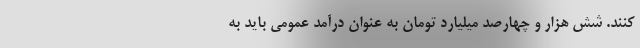
کنند. شش هزار و چهارصد میلیارد تومان به عنوان درآمد عمومی باید به